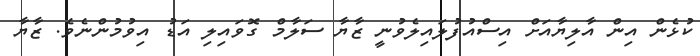
ކުޅެން އިން އާލިޔާއަށް އިސްއުފުލައިލެވުނީ ޒާޔާ ސަލާމް ގޮވައިލި އަޑު އިވުމުންނެވެ. ޒާޔާ